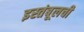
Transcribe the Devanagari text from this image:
इस्तंबूलची